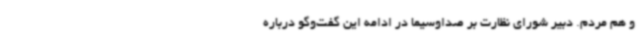
و هم مردم. دبیر شورای نظارت بر صداوسیما در ادامه این گفت‌وگو درباره